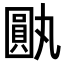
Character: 𪢰